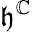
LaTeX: {\mathfrak{h}}^{\mathbb{C}}